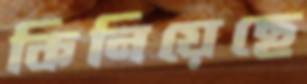
কিনিয়েছে